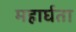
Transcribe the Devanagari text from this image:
महार्घता